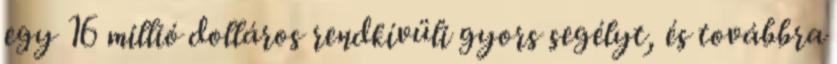
egy 16 millió dolláros rendkívüli gyors segélyt, és továbbra